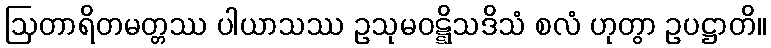
ဩတာရိတမတ္တဿ ပါယာသဿ ဥသုမဝဋ္ဋိသဒိသံ စလံ ဟုတွာ ဥပဋ္ဌာတိ။